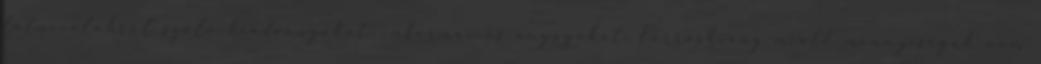
látnivalókról szóló kiadványokat, információs anyagokat. Forráshiány miatt mennyiségük nem